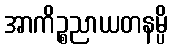
အာကိဉ္စညာယတနမ္ပိ